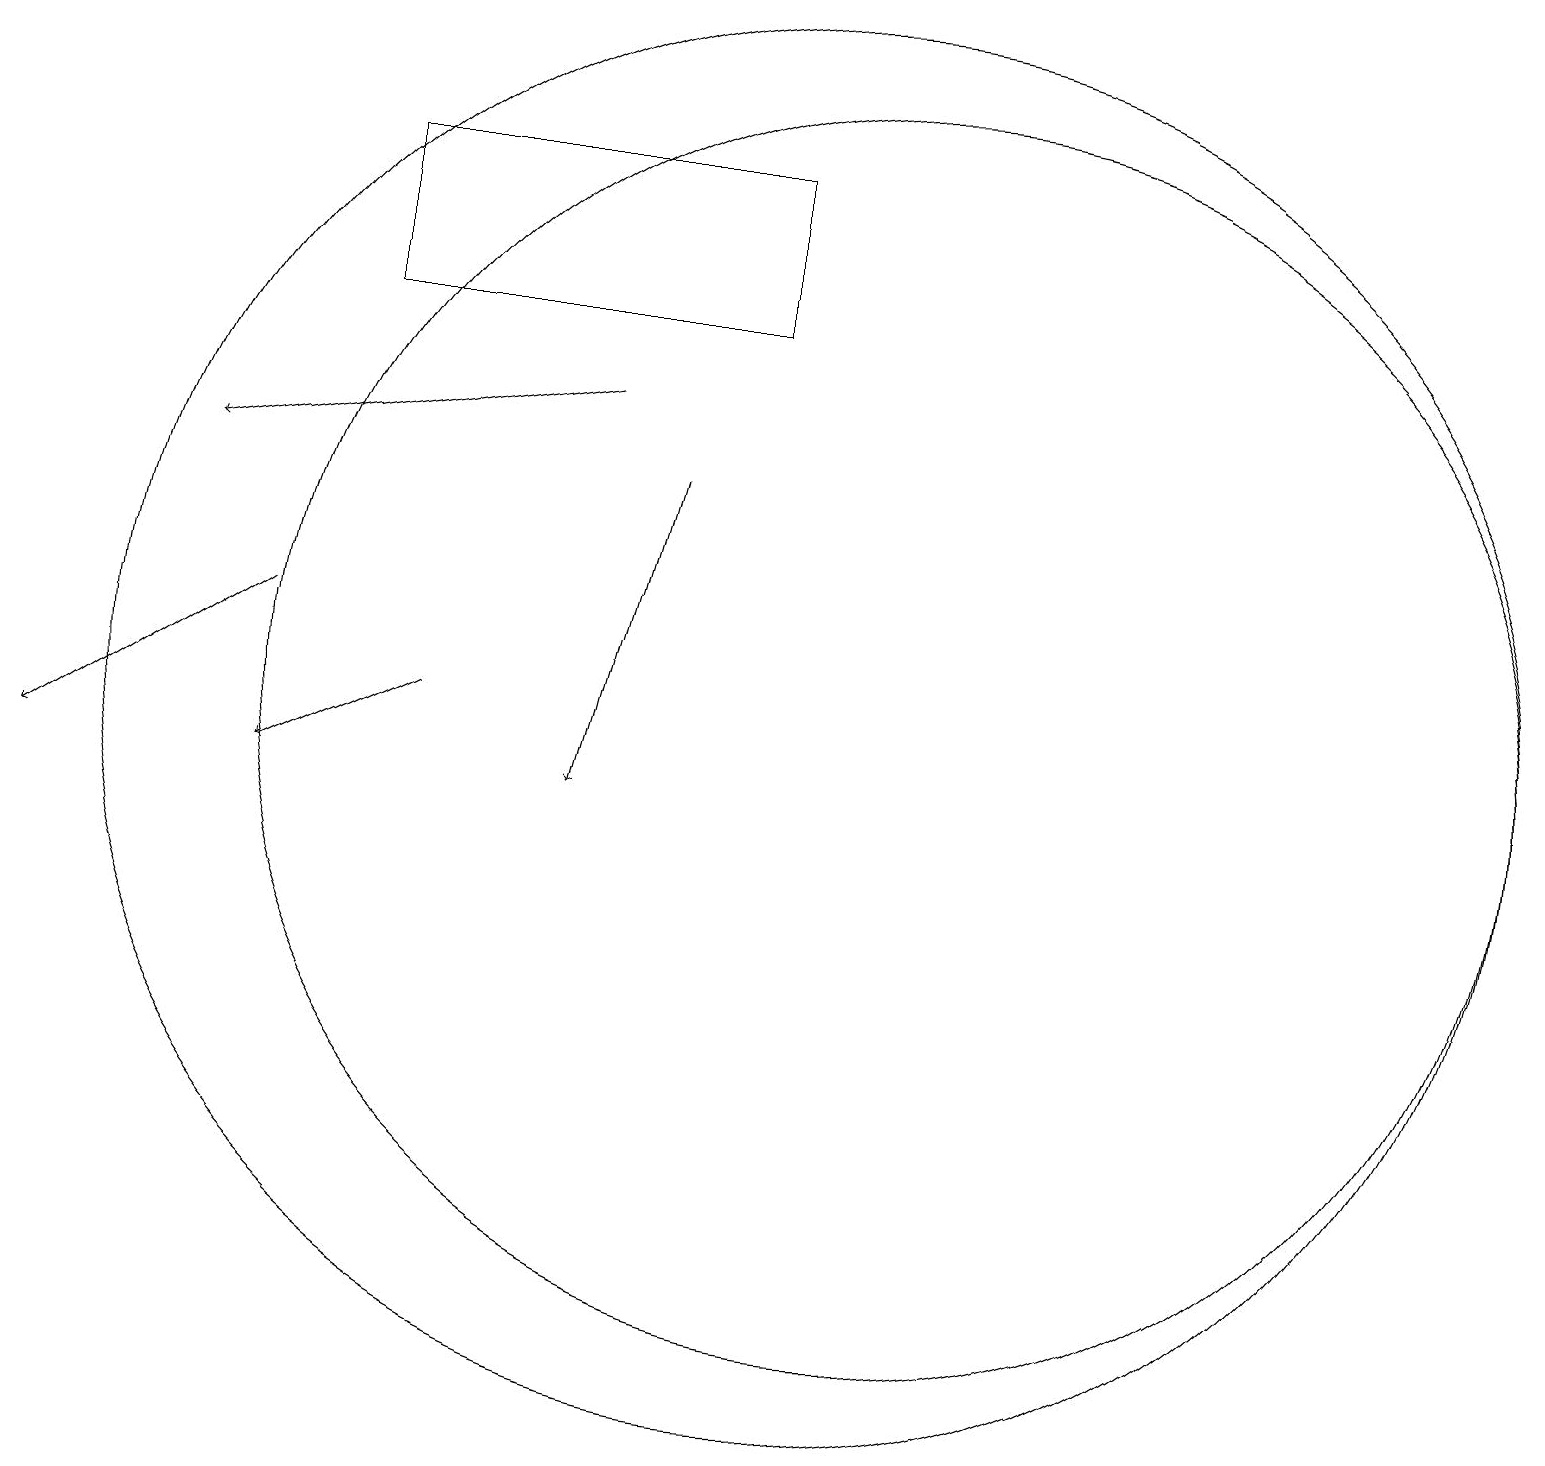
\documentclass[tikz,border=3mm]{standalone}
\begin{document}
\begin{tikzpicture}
\draw (11,11) circle (8);
\draw (10,11) circle (9);
\draw[->] (7,15) -- (2,14);
\draw[->] (5,11) -- (3,10);
\draw[->] (8,14) -- (7,10);
\draw (9,18) rectangle (4,16);
\draw[->] (3,12) -- (0,10);
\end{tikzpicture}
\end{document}